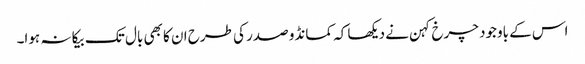
اس کے باوجود چرخ کہن نے دیکھا کہ کمانڈو صدر کی طرح ان کا بھی بال تک بیکا نہ ہوا۔